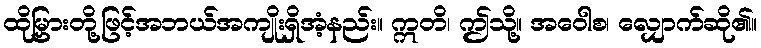
ထိုမြှားတို့ဖြင့်အဘယ်အကျိုးရှိအံ့နည်း။ ဣတိ၊ ဤသို့။ အဝေါစ၊ လျှောက်ဆို၏။